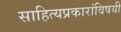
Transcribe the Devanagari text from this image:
साहित्यप्रकारांविषयी